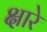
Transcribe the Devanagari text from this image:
क्षारे